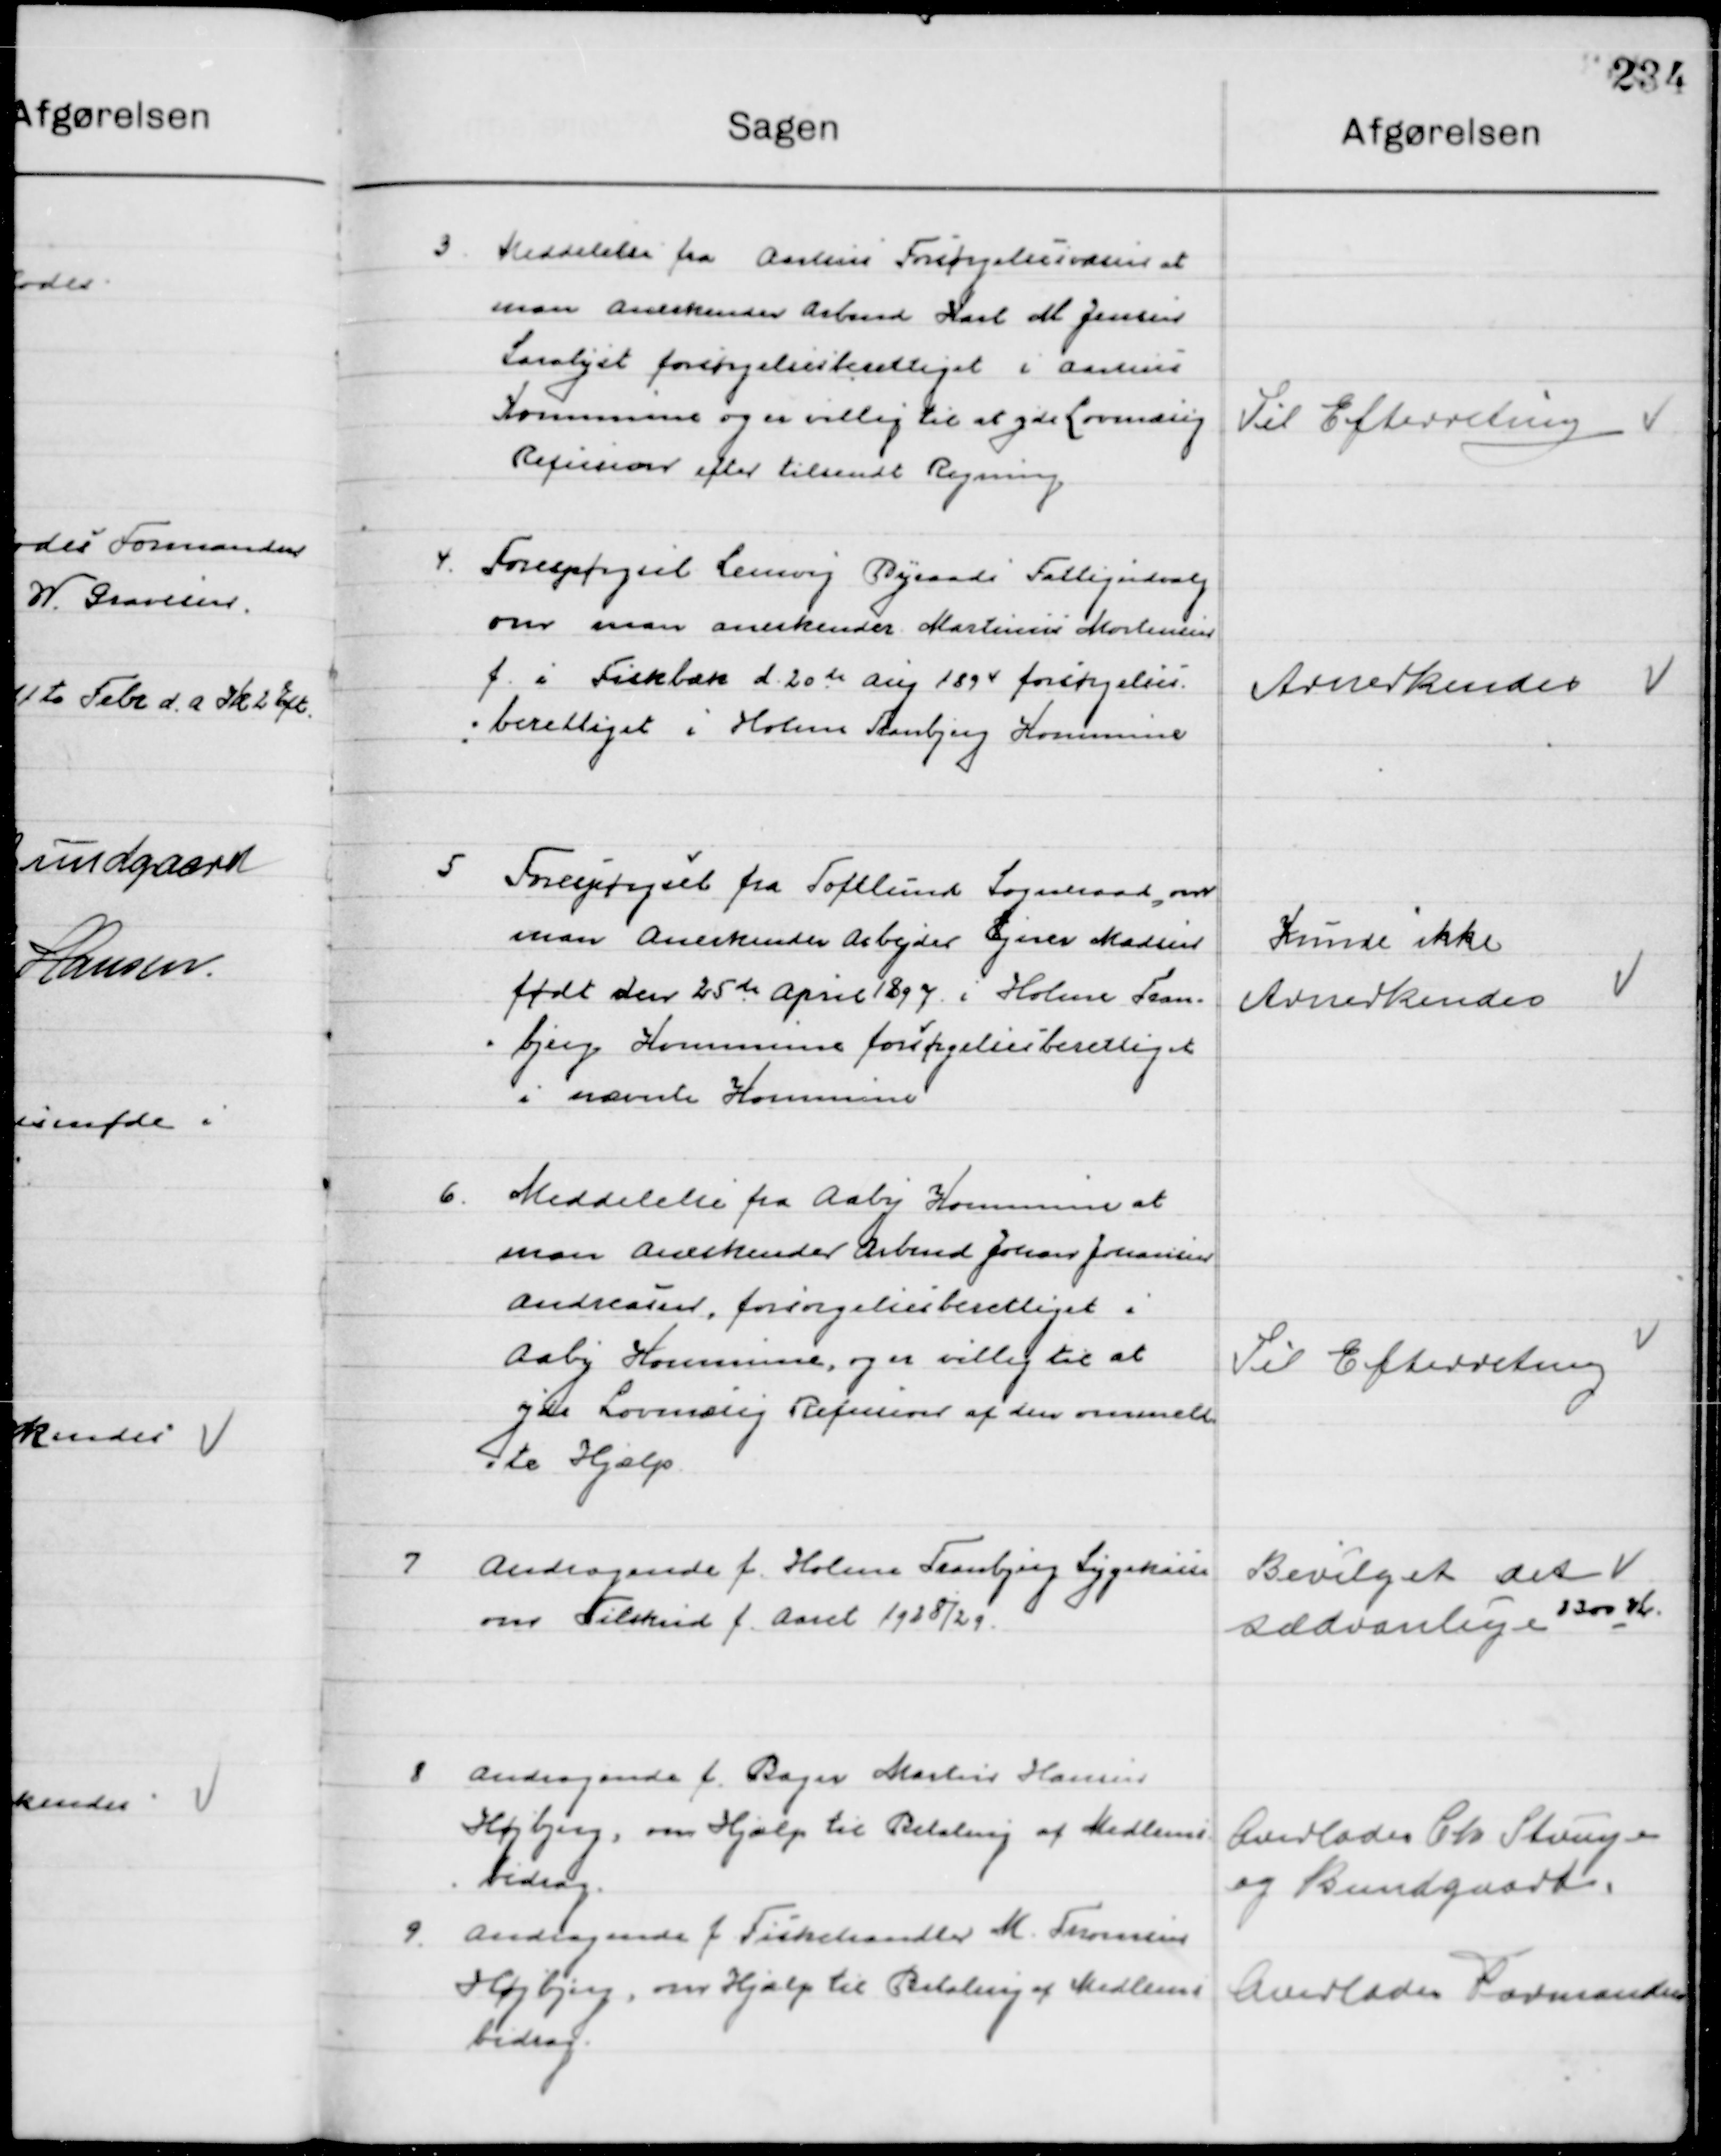
Transskription:
3

Meddelelse fra Aarhus Forsørgelsesvæsen at
man anerkender Arbmd. Karl M. Jensen
Saralyst forsørgelsesberettiget i Aarhus 
Kommune og er villig til at yde Lovmæssig 
Refusion efter tilsendt Regning

Til Efterretning

4

Forespørgsel Lemvig Rygaard Fattigudvalg
man anerkender Martinus Mortensen
f. i Fiskbæk d. 20de Aug. 1894 forsørgelses-
berettiget i Holme Tranbjerg Kommune.

Anerkendes

5

Forespørgsel fra Toftelund Sogneraad om
man anerkender Arbmd. Ejner Madsen
født den 25de April 1897 i Holme Tran-
bjerg Kommunen forsørgelsesberettiget 
i nævnte Kommune.

Kunde ikke 
Anerkendes

6

Meddelelse fra Aaby Kommune at
man anerkender Arbmd. Johan Johansen 
Anerkender forsørgelsesberettiget i 
Aaby Kommune, og er villig til at
yde Lovmæssig Refusion af den ommeld-
te Hjælp

Til Efterretning

7

Andragende f. Holme Tranbjerg Sygekasse
om Tilskud f. Aaret 1928/29

Bevilget det
sædvanlige 1300 Kr.

8

Andragende f. Bager Martin Hansen
Højbjerg, om Hjælp til Betaling af Medlems-
bidrag.

Overlodes Chr. Strange
Og Bundgaard

9

Andragende f. Fiskehandler M. Thomsen
Højbjerg, om Hjælp til Betaling af Medlems-
bidrag.

Overlades Formanden